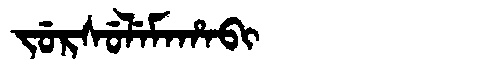
Manchu: ᠵᡠᡵᠰᡠᠯᡝᠮᠠᡥᠠᠪᡳ
Romanization: JURSULEMAHABI